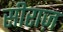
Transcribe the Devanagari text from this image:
सीराज़